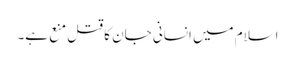
اسلام میں انسانی جان کا قتل منع ہے۔